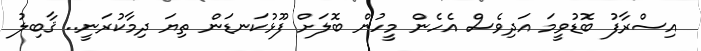
އިސްރާފު ބޮޑުވީމަ އަދިވެސް އެހެން މީހުން ބޮލަށް ފޫޅުކަނޑަން ތިޔަ ދިމާކުރަނީ.. ޤާބިލު